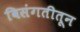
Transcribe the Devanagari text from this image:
विसंगतीतून